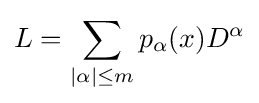
L=\sum \limits _{|\alpha |\leq m}p_{\alpha }(x)D^{\alpha }